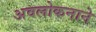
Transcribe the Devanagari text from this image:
अवलोकनाने